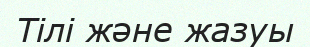
Тілі және жазуы